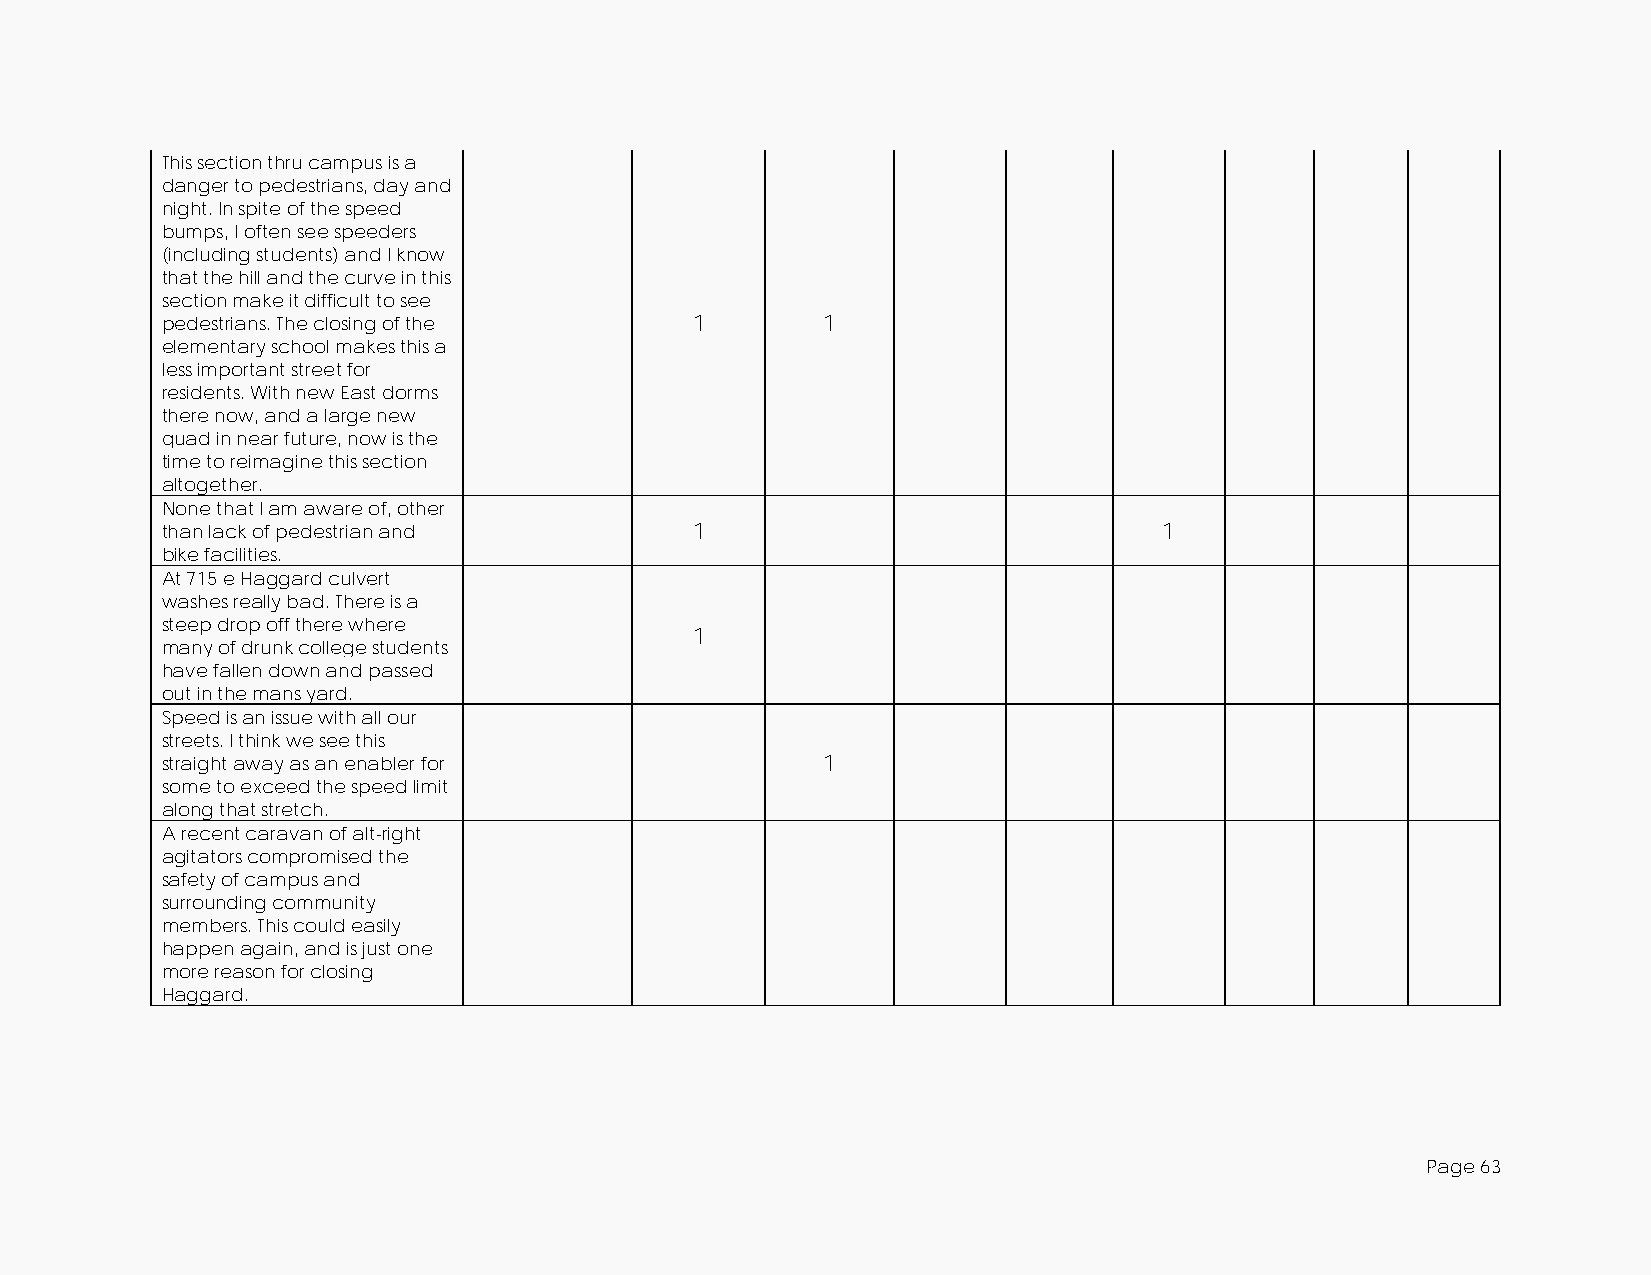
This section thru campus is a
 danger to pedestrians, day and
 night. In spite of the speed
 bumps, I often see speeders
 (including students) and I know
 that the hill and the curve in this
 section make it difficult to see
 pedestrians. The closing of the    1       1
 elementary school makes this a
 less important street for
 residents. With new East dorms
 there now, and a large new
 quad in near future, now is the
 time to reimagine this section
 altogether.
 None that I am aware of, other
 than lack of pedestrian and        1                              1
 bike facilities.
 At 715 e Haggard culvert
 washes really bad. There is a
 steep drop off there where
 1
 many of drunk college students
 have fallen down and passed
 out in the mans yard.
 Speed is an issue with all our
 streets. I think we see this
 straight away as an enabler for            1
 some to exceed the speed limit
 along that stretch.
 A recent caravan of alt-right
 agitators compromised the
 safety of campus and
 surrounding community
 members. This could easily
 happen again, and is just one
 more reason for closing
 Haggard.
 Page 63